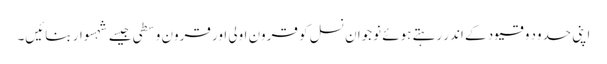
اپنی حدود و قیود کے اندر رہتے ہوئے نوجوان نسل کو قرون اولی اور قرون وسطی جیسے شہسوار بنائیں۔